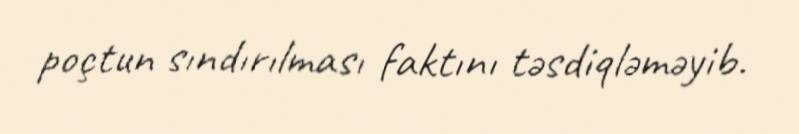
poçtun sındırılması faktını təsdiqləməyib.